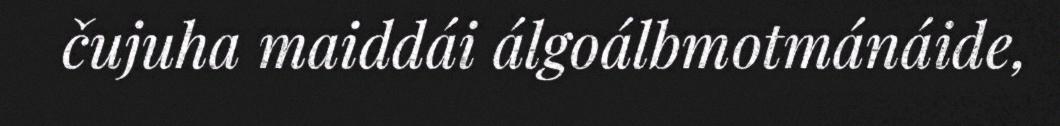
čujuha maiddái álgoálbmotmánáide,